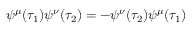
\psi ^ { \mu } ( \tau _ { 1 } ) \psi ^ { \nu } ( \tau _ { 2 } ) = - \psi ^ { \nu } ( \tau _ { 2 } ) \psi ^ { \mu } ( \tau _ { 1 } )